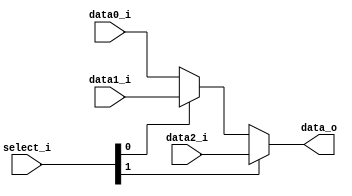
module Mux3to1 (
    data0_i,
    data1_i,
    data2_i,
    select_i,
    data_o
);

  parameter size = 0;

  //I/O ports
  input [size-1:0] data0_i;
  input [size-1:0] data1_i;
  input [size-1:0] data2_i;
  input [2-1:0] select_i;

  output [size-1:0] data_o;

  //Internal Signals
  wire [size-1:0] data_o;

  //Main function
  /*your code here*/

  // 10 -> d2, 01 -> d1, 00 -> d0
  assign data_o = select_i[1] ? data2_i : select_i[0] ? data1_i : data0_i;

endmodule